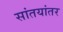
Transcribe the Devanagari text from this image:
सांतयांतर